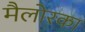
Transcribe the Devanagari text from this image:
मैलोरका